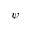
\psi